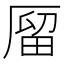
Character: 𠪐